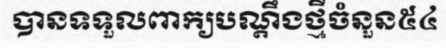
បានទទួលពាក្យបណ្តឹងថ្មីចំនួន៥៤